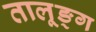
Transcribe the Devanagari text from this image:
तालूङ्ग